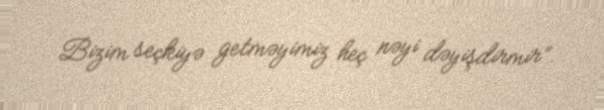
Bizim seçkiyə getməyimiz heç nəyi dəyişdirmir”.